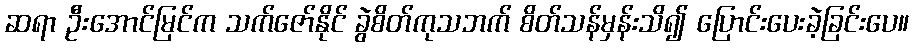
ဆရာ ဦးအောင်မြင်က သက်ဇော်နိုင် ခွဲစိတ်ကုသဘက် စိတ်သန်မှန်းသိ၍ ပြောင်းပေးခဲ့ခြင်းပေ။